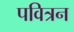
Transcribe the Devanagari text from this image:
पवित्रन